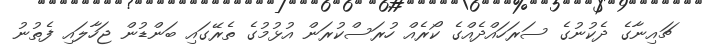
ޗައިނާގެ ދެކުނުގެ ސަރަހައްދެއްގެ ކޯރެއް ހުރަސްކުރަން އުޅުމުގެ ތެރޭގައި ބަންޑުން ޖަހާލައި ފެތުނު